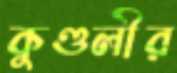
কুণ্ডলীর